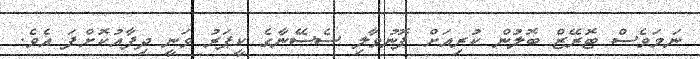
ނަމަވެސް ޓޮރޭޒް ބޮލުން ކުރިއަށް ފޮނުވާލި ސެސޭނާގެ ކީޕަރު ވަނީ ދިފާއުކޮށްފަ އެވެ.